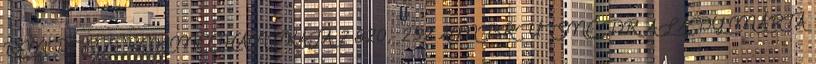
RENDSZEREK MECHANIKÁJA 2 820,- 252 AMBRUSNÉ DR. ALADY MÁRTA